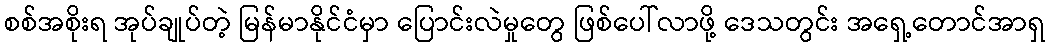
စစ်အစိုးရ အုပ်ချုပ်တဲ့ မြန်မာနိုင်ငံမှာ ပြောင်းလဲမှုတွေ ဖြစ်ပေါ်လာဖို့ ဒေသတွင်း အရှေ့တောင်အာရှ